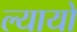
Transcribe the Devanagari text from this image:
ल्यायो